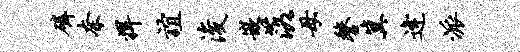
磷奈捍谊浚嵌落母鏊冀逄派